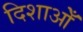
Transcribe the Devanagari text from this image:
दिशाओँ